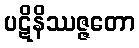
ပဋိနိဿဇ္ဇတော